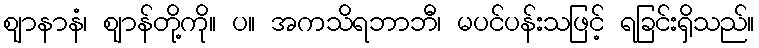
ဈာနာနံ၊ ဈာန်တို့ကို။ ပ။ အကသိရဘာဘီ၊ မပင်ပန်းသဖြင့် ရခြင်းရှိသည်။